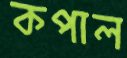
কপাল